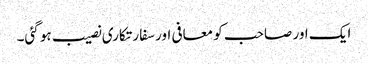
ایک اور صاحب کو معافی اور سفارتکاری نصیب ہو گئی۔